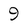
Character: 9